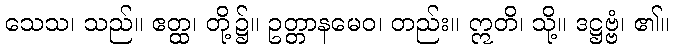
သေသ၊ သည်။ ဧတ္ထ၊ တို့၌။ ဥတ္တာနမေဝ၊ တည်း။ ဣတိ၊ သို့။ ဒဋ္ဌဗ္ဗံ၊ ၏။